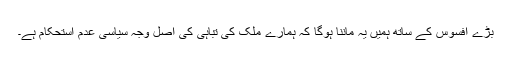
بڑے افسوس کے ساتھ ہمیں یہ ماننا ہوگا کہ ہمارے ملک کی تباہی کی اصل وجہ سیاسی عدم استحکام ہے۔